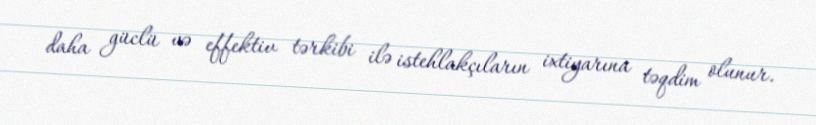
daha güclü və effektiv tərkibi ilə istehlakçıların ixtiyarına təqdim olunur.